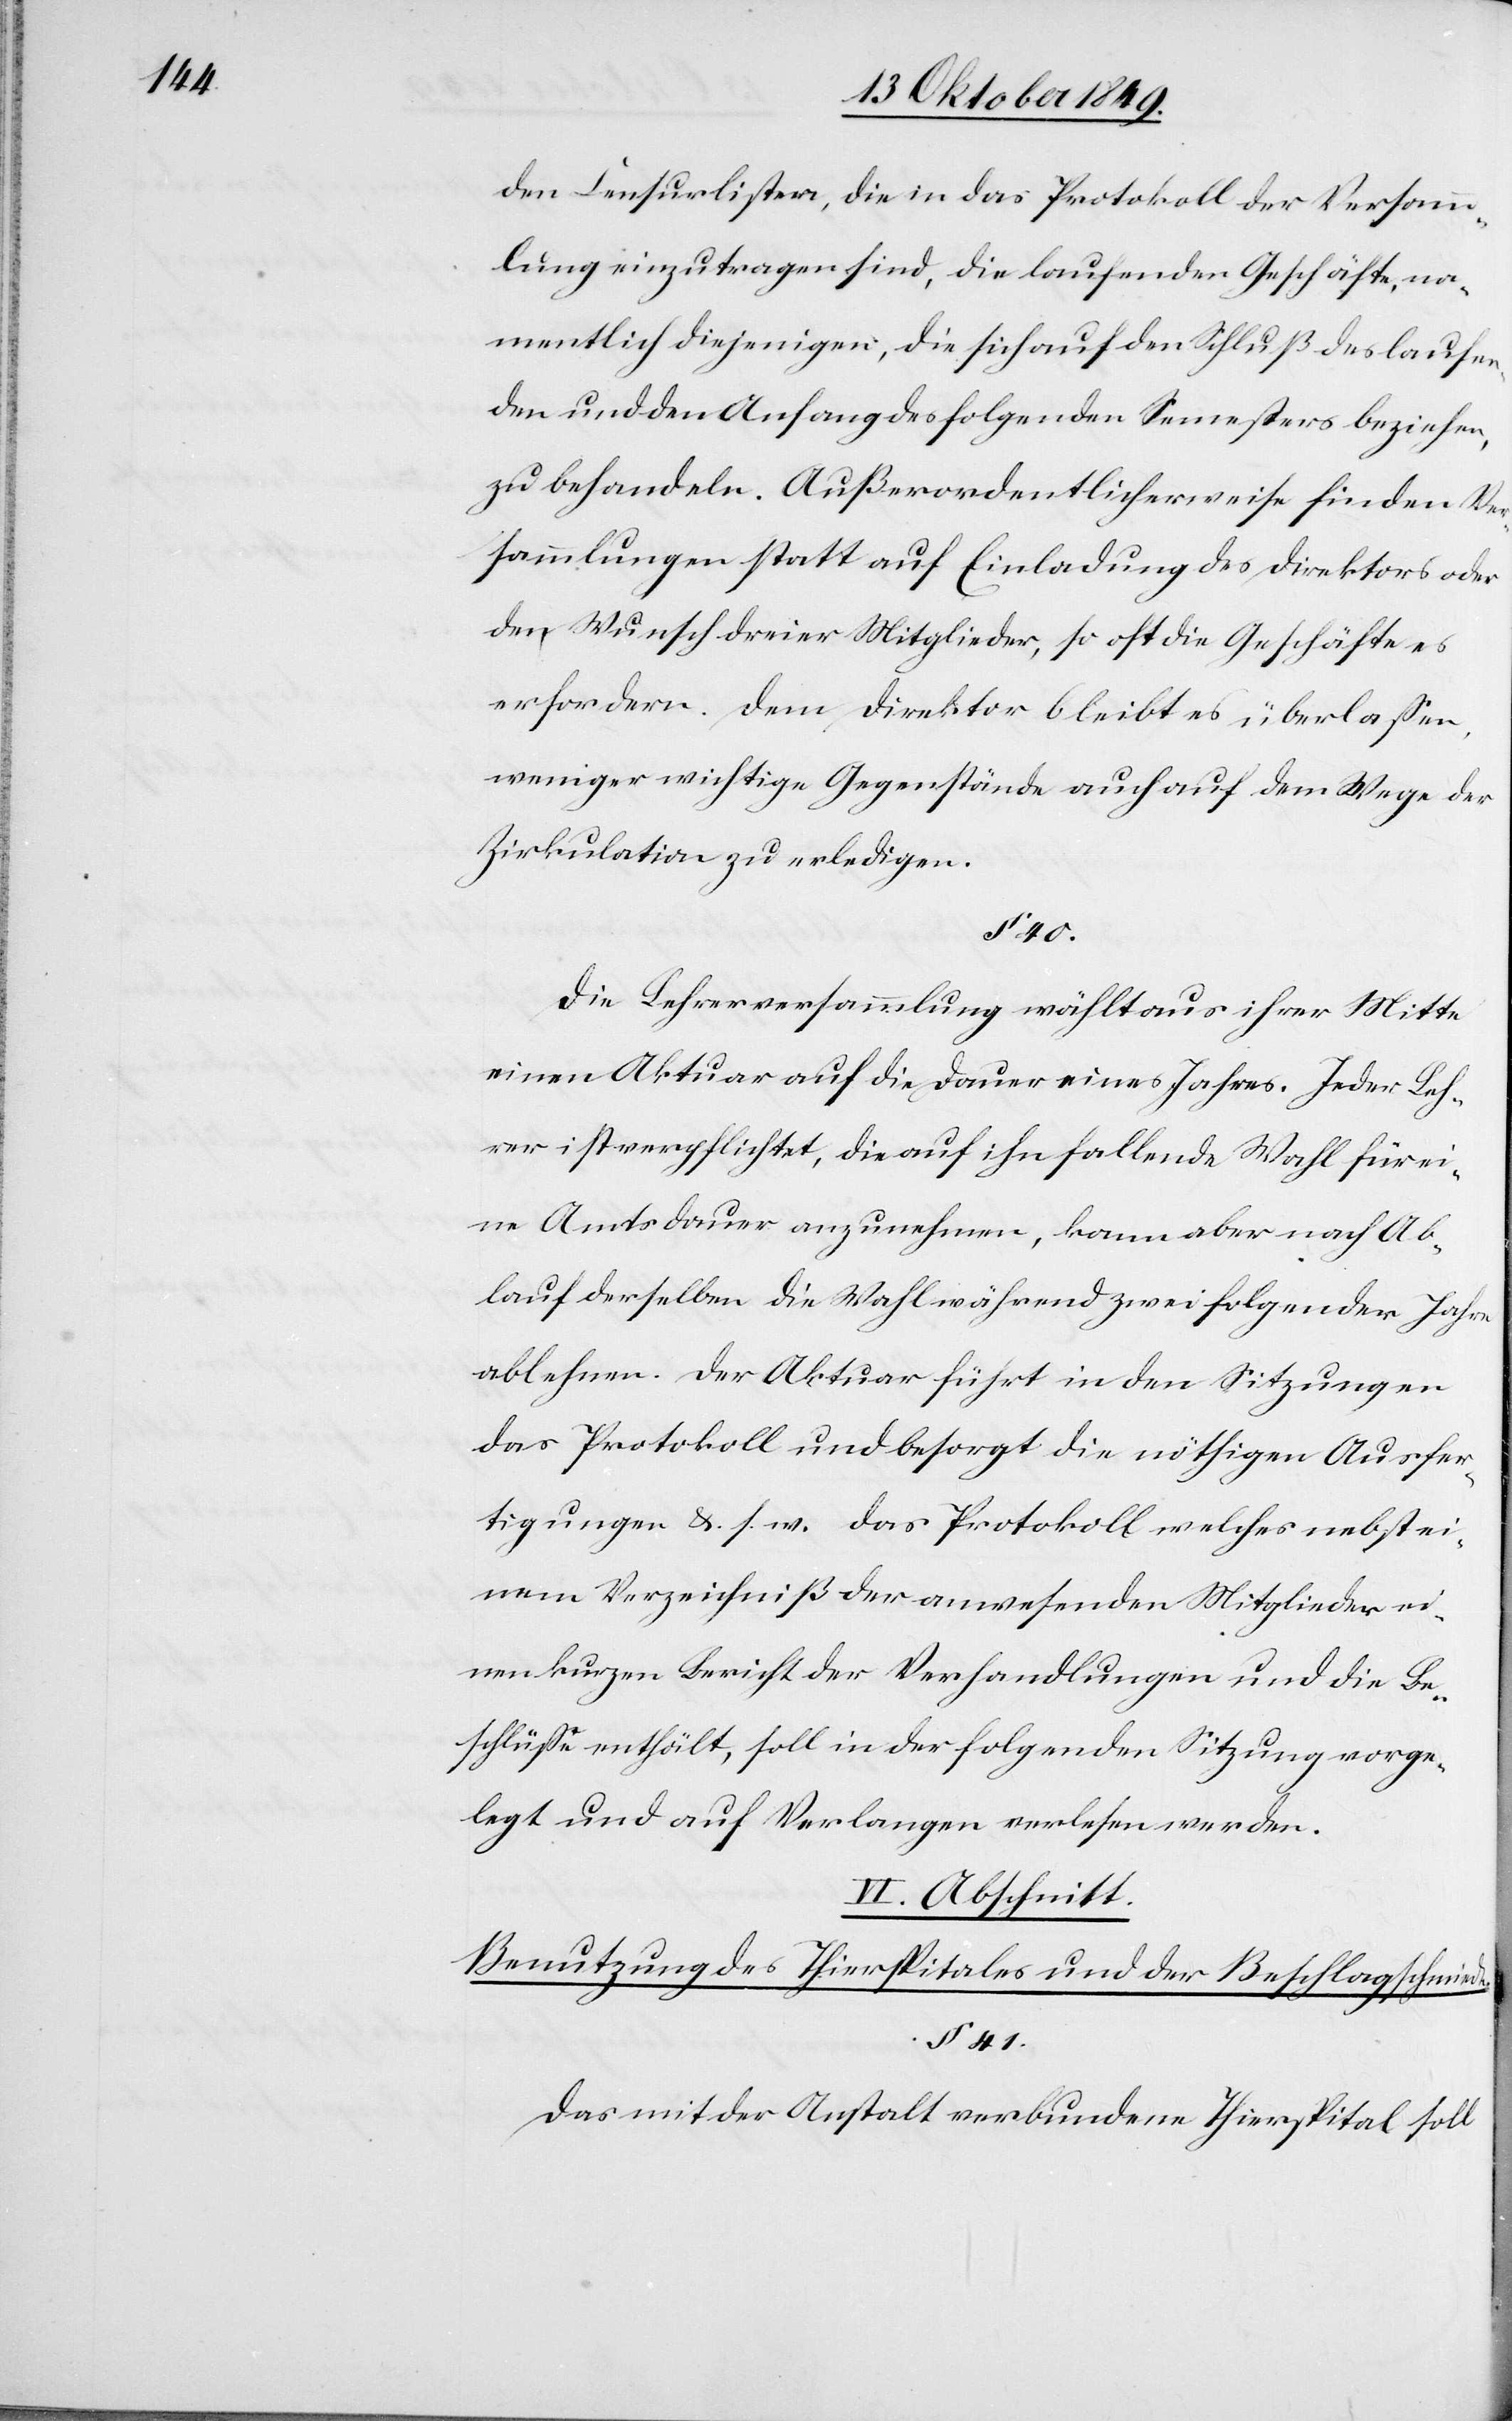
den Censurlisten, die in das Protokoll der Versamm¬
lung einzutragen sind, die laufenden Geschäfte, na¬
mentliche diejenigen, die sich auf den Schluß des laufe¬
nden und den Anfang des folgenden Semesters beziehen,
zu behandeln. Außerordentlicherweise finden Ver¬
sammlungen statt auf Einladung des Direktors oder
den Wunsch dreier Mitglieder, so oft die Geschäfte es
erfordern. Dem Direktor bleibt es überlaßen,
weniger wichtige Gegenstände auch auf dem Wege der
Zirkulation zu erledigen.
§ 40.
Die Lehrerversammlung wählt aus ihrer Mitte
einen Aktuar auf die Dauer eines Jahres. Jeder Leh¬
rer ist verpflichtet, die auf ihn fallende Wahl für ei¬
ne Amtsdauer anzunehmen, kann aber nach Ab¬
lauf derselben die Wahl während zwei folgender Jahre
ablehnen. Der Aktuar führt in den Sitzungen
das Protokoll und besorgt die nöthigen Ausfer¬
tigungen u. s. w. Das Protokoll welches nebst ei¬
nem Verzeichniß der anwesenden Mitglieder ei¬
nen kurzen Bericht der Verhandlungen und die Be¬
schlüße enthält, soll in der folgenden Sitzung vorge¬
legt und auf Verlangen verlesen werden.
VI. Abschnitt.
Benutzung des Thierspitales und der Beschlagschmiede.
§ 41.
Das mit der Anstalt verbundene Thierspital soll